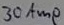
Text: 30Amp